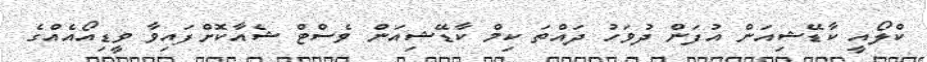
ކްލޯއީ ކާޑޭޝިއަން އުފަން ދުވަހު ދައްތަ ކިމް ކާޑޭޝިއަން ވެސްޓް ޝެއާކޮށްފައިވާ ވީޑިއޯއެއްގެ